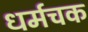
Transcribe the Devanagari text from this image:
धर्मचक